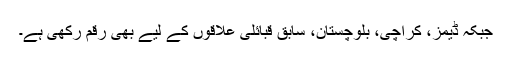
جبکہ ڈیمز، کراچی، بلوچستان، سابق قبائلی علاقوں کے لیے بھی رقم رکھی ہے۔